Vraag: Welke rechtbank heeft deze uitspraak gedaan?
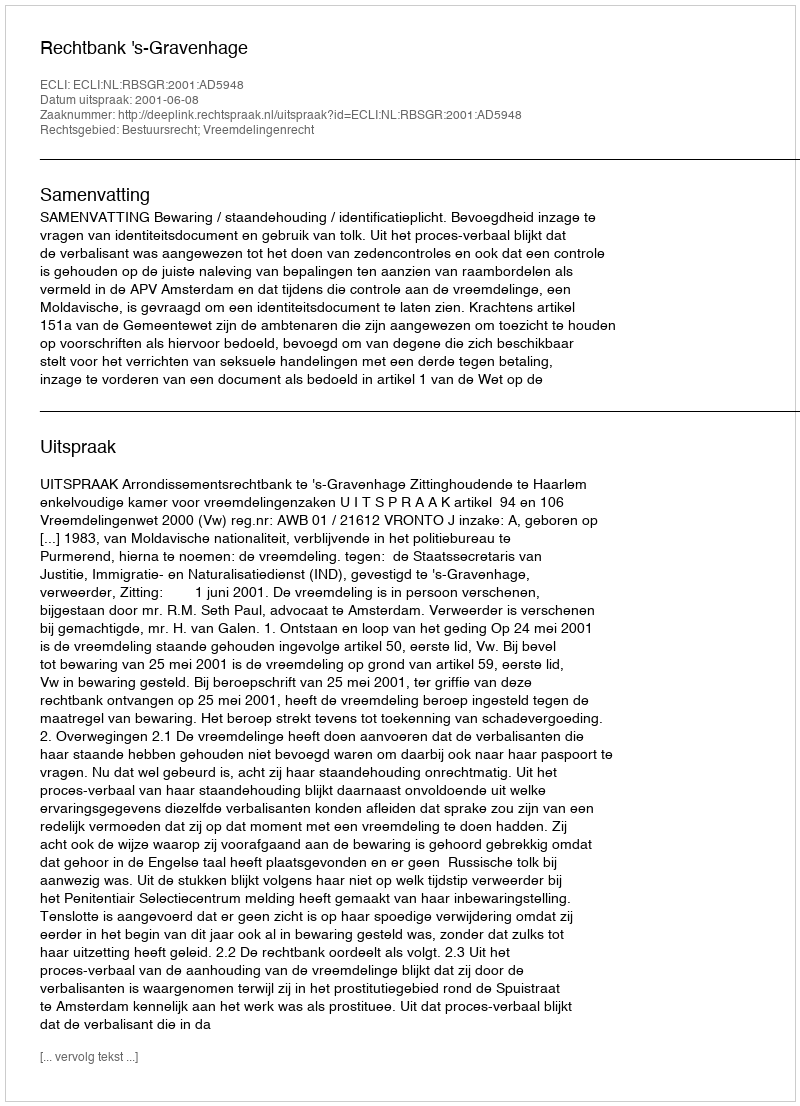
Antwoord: Rechtbank 's-Gravenhage